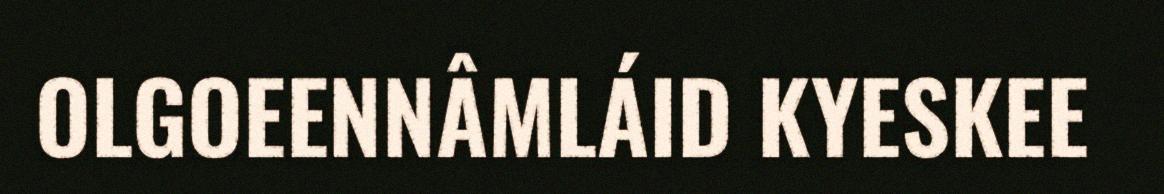
OLGOEENNÂMLÁID KYESKEE